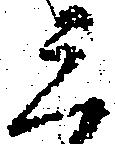
三